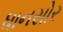
ધાનસોર